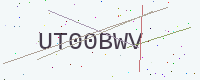
Text: UT00BWV